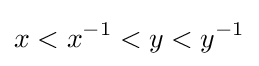
x<x^{-1}<y<y^{-1}